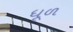
ધૂળ